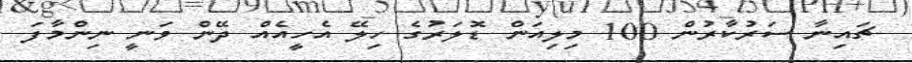
ޗައިނާ ސަރުކާރުން 100 މިލިއަން ޑޮލަރުގެ ހިލޭ އެހީއެއް ދޭން ވަނީ ނިންމާފަ